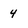
Character: 4